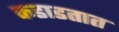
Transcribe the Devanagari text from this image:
कडाडतात